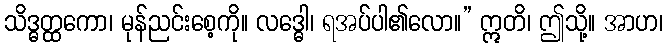
သိဒ္ဓတ္ထကော၊ မုန်ညင်းစေ့ကို။ လဒ္ဓေါ၊ ရအပ်ပါ၏လော။” ဣတိ၊ ဤသို့။ အာဟ၊